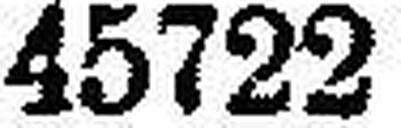
45722